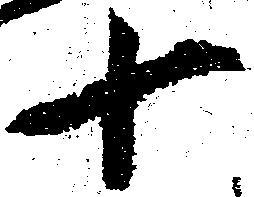
十